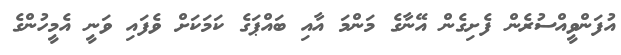
އުފަންވީއްސުރެން ފެށިގެން އޭނާގެ މަންމަ އާއި ބައްޕަގެ ކަމަކަށް ވެފައި ވަނީ އެމީހުންގެ